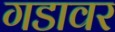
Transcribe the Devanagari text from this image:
गडावर